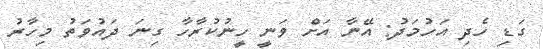
ގަޑި ހެދި އަހުމަދު: އޭނާ އަށް ވަނީ ހީނުކުރާހާ ގިނަ ދައުވަތު މިހާރު